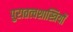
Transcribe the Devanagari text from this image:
पुरातत्‍वशास्त्रियों